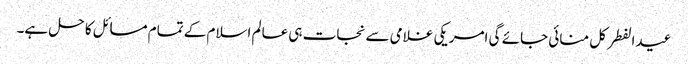
عیدالفطر کل منائی جائے گی امریکی غلامی سے نجات ہی عالم اسلام کے تمام مسائل کا حل ہے۔